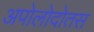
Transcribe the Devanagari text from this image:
अपोलोदोतस